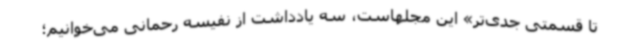
تا قسمتی جدی‌تر» این مجلهاست، سه یادداشت از نفیسه رحمانی می‌خوانیم؛